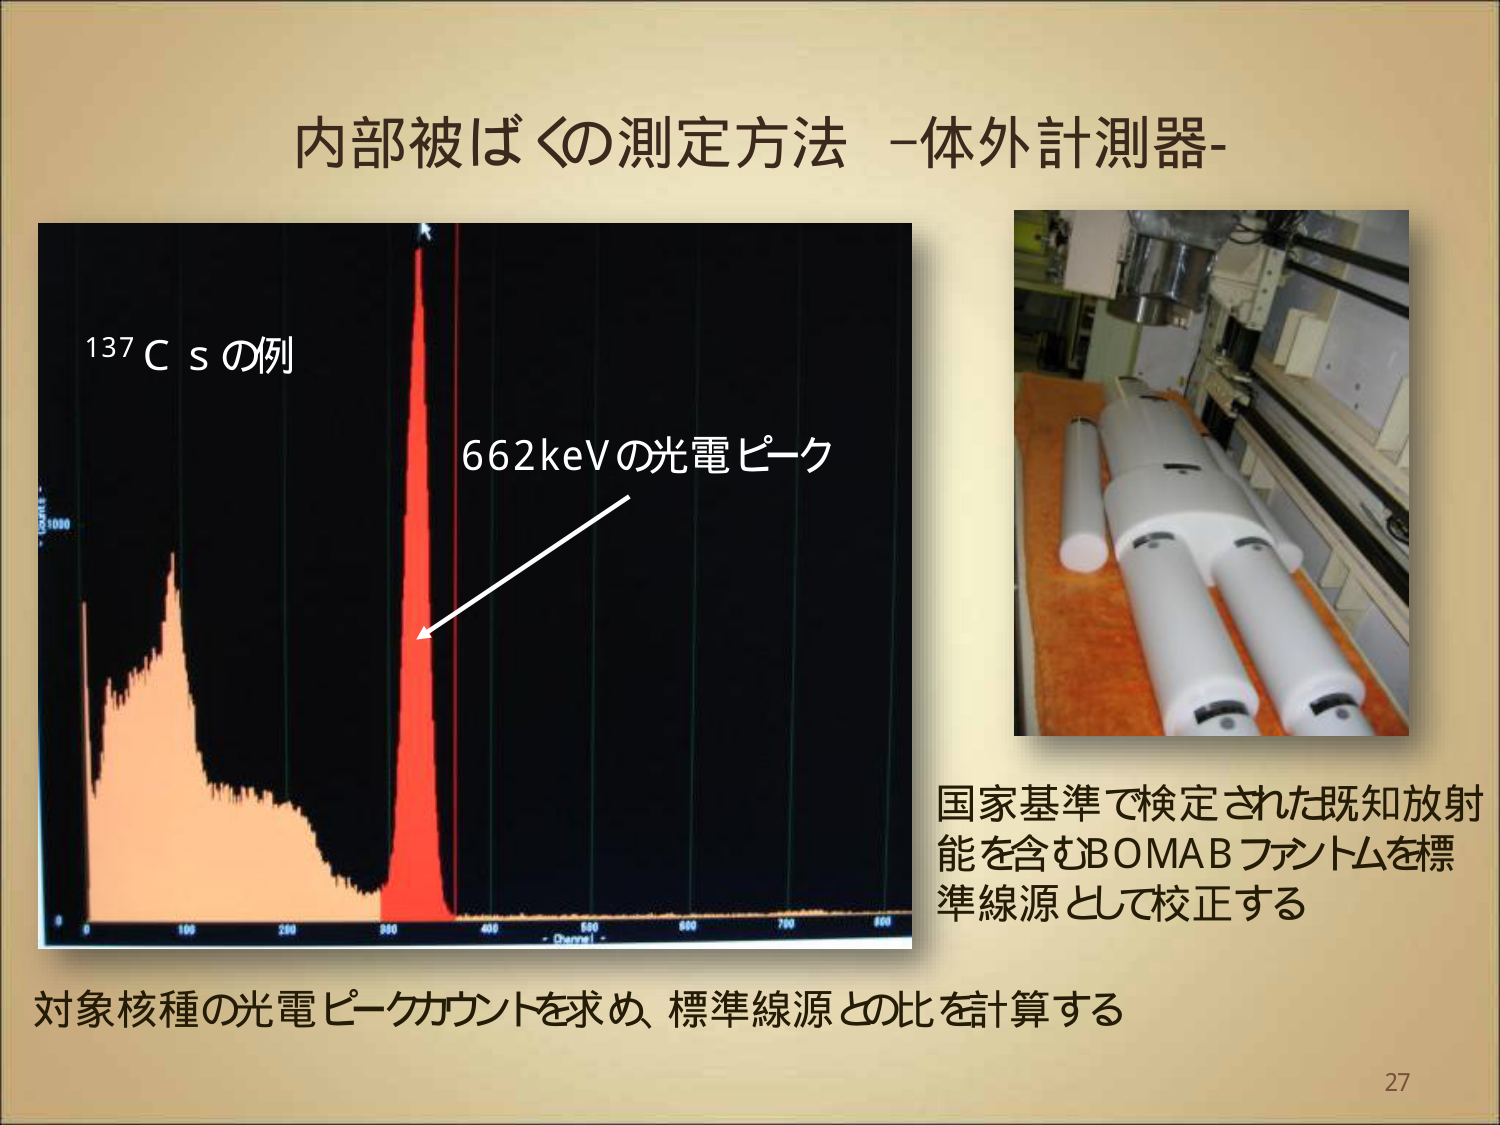
内部被ばくの測定方法 -体外計測器-

137Cs の例
662keVの光電ピーク

国家基準で検定された既知放射
能を含むBOMABファントムを標
準線源として校正する

対象核種の光電ピークカウントを求め、標準線源との比を計算する

27